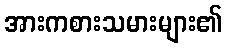
အားကစားသမားများ၏